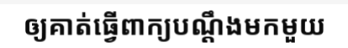
ឲ្យគាត់ធ្វើពាក្យបណ្តឹងមកមួយ